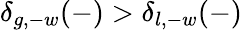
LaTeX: \delta_{g,-w}(-)>\delta_{l,-w}(-)